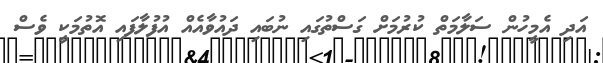
އަދި އެމީހުން ސަލާމަތް ކުރުމަށް ގަސްތުގައި ނުބައި ދައުވާއެއް އުފުލާފައި އޮތުމަކީ ވެސް